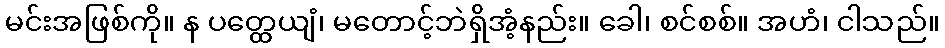
မင်းအဖြစ်ကို။ န ပတ္ထေယျံ၊ မတောင့်ဘဲရှိအံ့နည်း။ ခေါ၊ စင်စစ်။ အဟံ၊ ငါသည်။